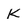
Character: K